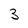
Character: 3